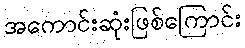
အကောင်းဆုံးဖြစ်ကြောင်း